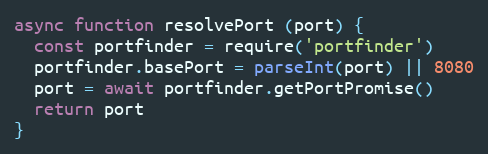
Language: JavaScript
async function resolvePort (port) {
  const portfinder = require('portfinder')
  portfinder.basePort = parseInt(port) || 8080
  port = await portfinder.getPortPromise()
  return port
}